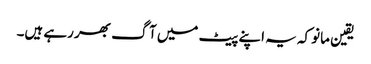
یقین مانو کہ یہ اپنے پیٹ میں آگ بھر رہے ہیں۔